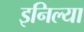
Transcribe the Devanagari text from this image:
इनिल्या